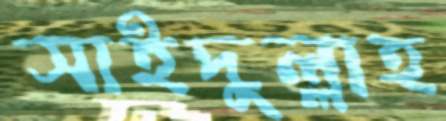
সাইদুল্লাহ